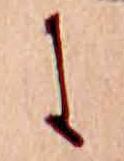
に